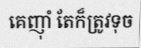
គេញុាំ តែក៏ត្រូវទុច